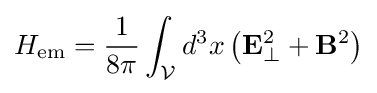
H_{\rm {em}}={\frac {1}{8\pi }}\int _{\mathcal {V}}d^{3}x\left(\mathbf {E} _{\perp }^{2}+\mathbf {B} ^{2}\right)